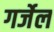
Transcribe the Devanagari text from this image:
गर्जेल